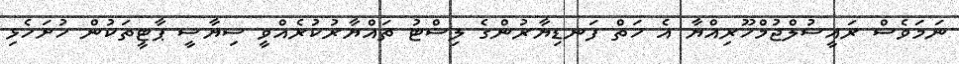
ނަމަވެސް ރައީސުލްޖުމްހޫރިއްޔާ އެ ހަތް ފަނޑިޔާރުންގެ ލިސްޓު ތައްޔާރުކުރެއްވީ ސިޔާސީ ޕާޓީތަކުން ހުށަހެޅި